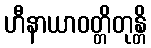
ဟီနာယာဝတ္တိတုန္တိ